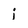
Character: i